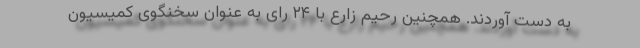
به دست آوردند. همچنین رحیم زارع با ٢۴ رای به عنوان سخنگوی کمیسیون